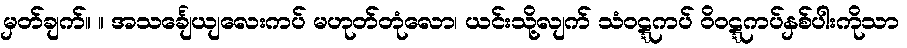
မှတ်ချက်။ ။ အသင်္ချေယျလေးကပ် မဟုတ်တုံလော၊ ယင်းသို့လျက် သံဝဋ္ဋကပ် ဝိဝဋ္ဋကပ်နှစ်ပါးကိုသာ